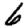
Digit: 6